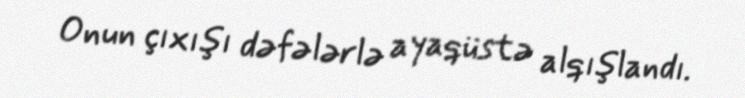
Onun çıxışı dəfələrlə ayaqüstə alqışlandı.